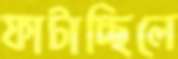
ফাটাচ্ছিলে